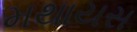
મથાયસ